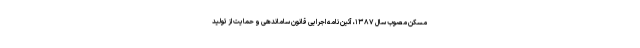
مسکن مصوب سال ۱۳۸۷، آئین نامه اجرایی قانون ساماندهی و حمایت از تولید